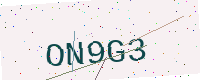
Text: ON9G3